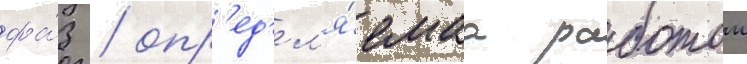
фа́з / опр'ед'ел'я́емаа работои